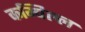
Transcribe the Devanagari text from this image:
कम्पिल्ल